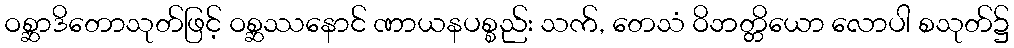
ဝစ္ဆာဒိတောသုတ်ဖြင့် ဝစ္ဆဿနောင် ဏာယနပစ္စည်း သက်, တေသံ ဝိဘတ္တိယော လောပါ စသုတ်၌